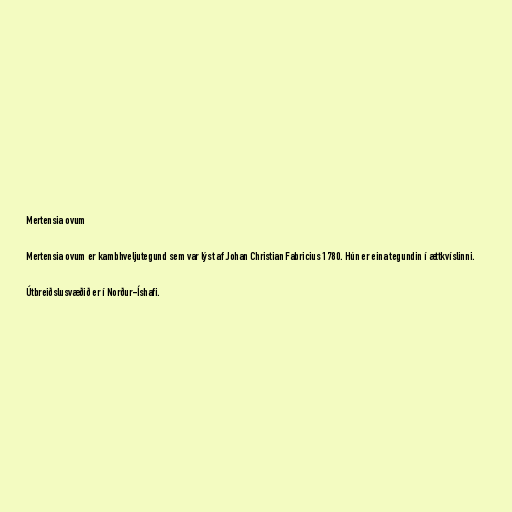
Mertensia ovum

Mertensia ovum er kambhveljutegund sem var lýst af Johan Christian Fabricius 1780. Hún er eina tegundin í ættkvíslinni.

Útbreiðslusvæðið er í Norður-Íshafi.